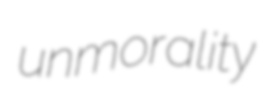
unmorality